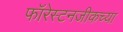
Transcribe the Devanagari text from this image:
फॉरेस्टनजीकच्या